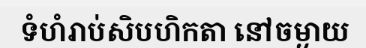
ទំហំរាប់សិបហិកតា នៅចម្ងាយ